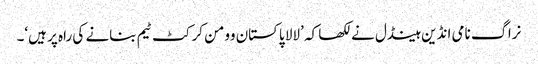
نراگ نامی انڈین ہینڈل نے لکھا کہ ’لالا پاکستان وومن کرکٹ ٹیم بنانے کی راہ پر ہیں‘۔